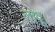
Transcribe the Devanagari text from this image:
लावू।